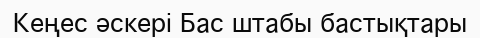
Кеңес әскері Бас штабы бастықтары